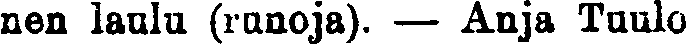
nen laulu (runoja). — Anja Tuulo